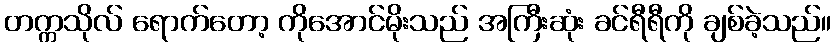
တက္ကသိုလ် ရောက်တော့ ကိုအောင်မိုးသည် အကြီးဆုံး ခင်ရီရီကို ချစ်ခဲ့သည်။